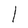
Character: l